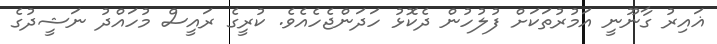
ޣައިރު ގާނޫނީ އަމުރުތަކަށް ފުލުހުން ދެކޮޅު ހަދަންޖެހެއެވެ. ކުރީގެ ރައީސް މުހައްދު ނަޝީދުގެ